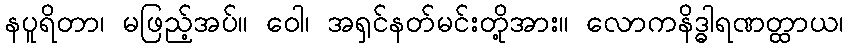
နပူရိတာ၊ မဖြည့်အပ်။ ဝေါ၊ အရှင်နတ်မင်းတို့အား။ လောကနိဒ္ဓါရဏတ္ထာယ၊